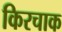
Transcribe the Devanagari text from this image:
किरचाक